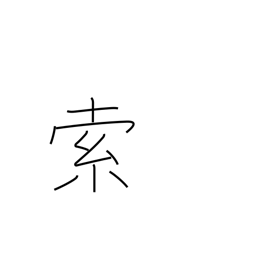
Meaning: searching